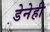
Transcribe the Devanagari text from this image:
डेनेही